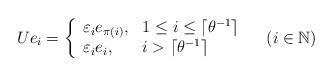
LaTeX: \begin{align*} U e_i = \left\{\begin{array}{ll} \varepsilon_i e_{\pi(i)}, & 1\leq i\leq \lceil \theta^{-1} \rceil\\ \varepsilon_i e_i, & i > \lceil \theta^{-1} \rceil \end{array} \right. \quad(i\in \mathbb N) \end{align*}